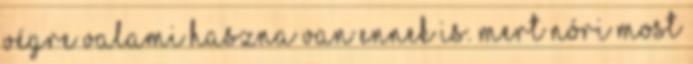
végre valami haszna van ennek is. Mert Nóri most